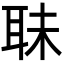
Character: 𦕜